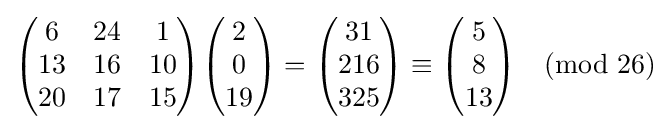
{\begin{pmatrix}6&24&1\\13&16&10\\20&17&15\end{pmatrix}}{\begin{pmatrix}2\\0\\19\end{pmatrix}}={\begin{pmatrix}31\\216\\325\end{pmatrix}}\equiv {\begin{pmatrix}5\\8\\13\end{pmatrix}}{\pmod {26}}